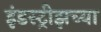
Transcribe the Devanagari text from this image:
इंडस्ट्रीझच्या